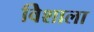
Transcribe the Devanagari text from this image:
विेशाला